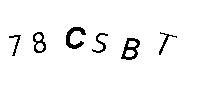
78CSBT